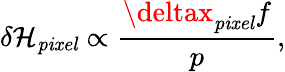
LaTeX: \delta\mathcal{H}_{\mathit{{pixel}}}\propto\frac{{\deltax_{\mathit{{pixel}}}f}}{{p}},